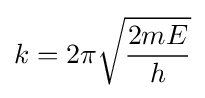
k=2\pi {\sqrt {\frac {2mE}{h}}}